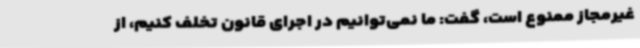
غیرمجاز ممنوع است، گفت: ما نمی‌توانیم در اجرای قانون تخلف کنیم، از